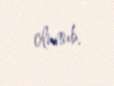
olunub.